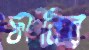
ফানির